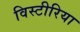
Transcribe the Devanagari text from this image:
विस्टीरिया